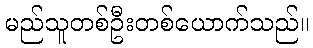
မည်သူတစ်ဦးတစ်ယောက်သည်။